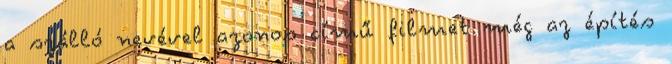
a szálló nevével azonos című filmet még az építés